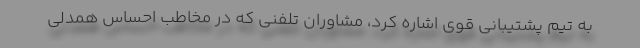
به تيم پشتيباني قوي اشاره کرد، مشاوران تلفني كه در مخاطب احساس همدلي